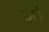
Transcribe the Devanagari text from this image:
ठाईं